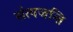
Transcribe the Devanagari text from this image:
संत्यजन्ति